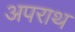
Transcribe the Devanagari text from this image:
अपराथ